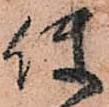
使